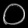
Digit: ၀